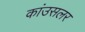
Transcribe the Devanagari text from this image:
कांउसलर